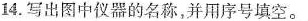
14.写出图中仪器的名称，并用序号填空。